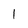
Character: 1